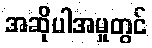
အဆိုပါအမှုတွင်